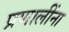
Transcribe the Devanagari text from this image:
प्रणालींना